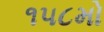
૧૫૮મો